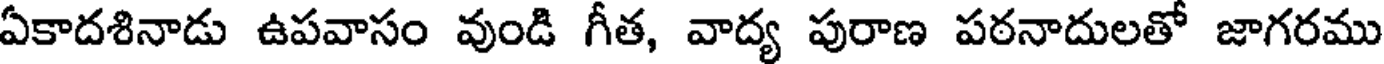
ఏకాదశినాడు ఉపవాసం వుండి గీత, వాద్య పురాణ పఠనాదులతో జాగరము